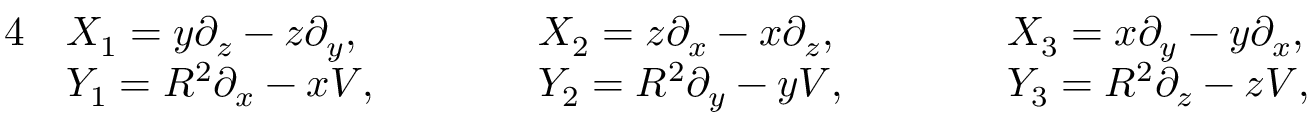
\begin{array} { r l r l r l r } { { 4 } } & { X _ { 1 } = y \partial _ { z } - z \partial _ { y } , \qquad } & & { X _ { 2 } = z \partial _ { x } - x \partial _ { z } , \qquad } & & { X _ { 3 } = x \partial _ { y } - y \partial _ { x } , } & \\ & { Y _ { 1 } = R ^ { 2 } \partial _ { x } - x V , \qquad } & & { Y _ { 2 } = R ^ { 2 } \partial _ { y } - y V , \qquad } & & { Y _ { 3 } = R ^ { 2 } \partial _ { z } - z V , } & \end{array}